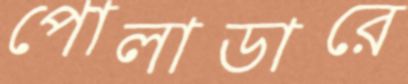
পোলাডারে